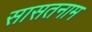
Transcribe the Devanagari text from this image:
सासतनाम